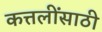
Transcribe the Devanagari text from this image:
कत्तलींसाठी